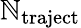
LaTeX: \mathbb{N}_{\mathrm{{traject}}}